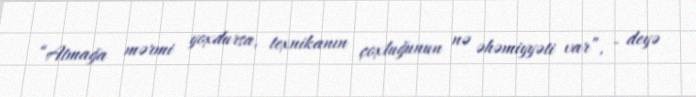
“Atmağa mərmi yoxdursa, texnikanın çoxluğunun nə əhəmiyyəti var”, - deyə